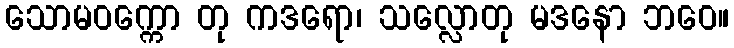
သောမဝက္ကော တု ကဒရော၊ သလ္လောတု မဒနော ဘဝေ။